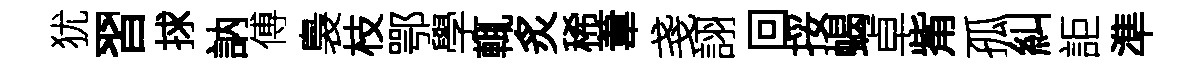
犹習捄訥傅裊枝鄂學輒炙稀葦戔詡回挼蝎卓觜孤糾詎準